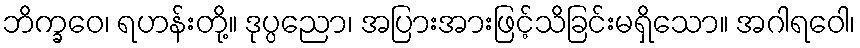
ဘိက္ခဝေ၊ ရဟန်းတို့။ ဒုပ္ပညော၊ အပြားအားဖြင့်သိခြင်းမရှိသော။ အဂါရဝေါ၊